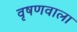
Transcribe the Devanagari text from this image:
वृषणवाला